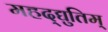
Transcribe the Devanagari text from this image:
महद्‌द्युतिम्